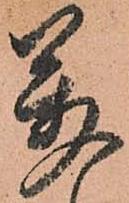
萬